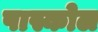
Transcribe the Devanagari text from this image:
पास्कोल